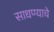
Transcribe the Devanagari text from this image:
साधण्‍याचे